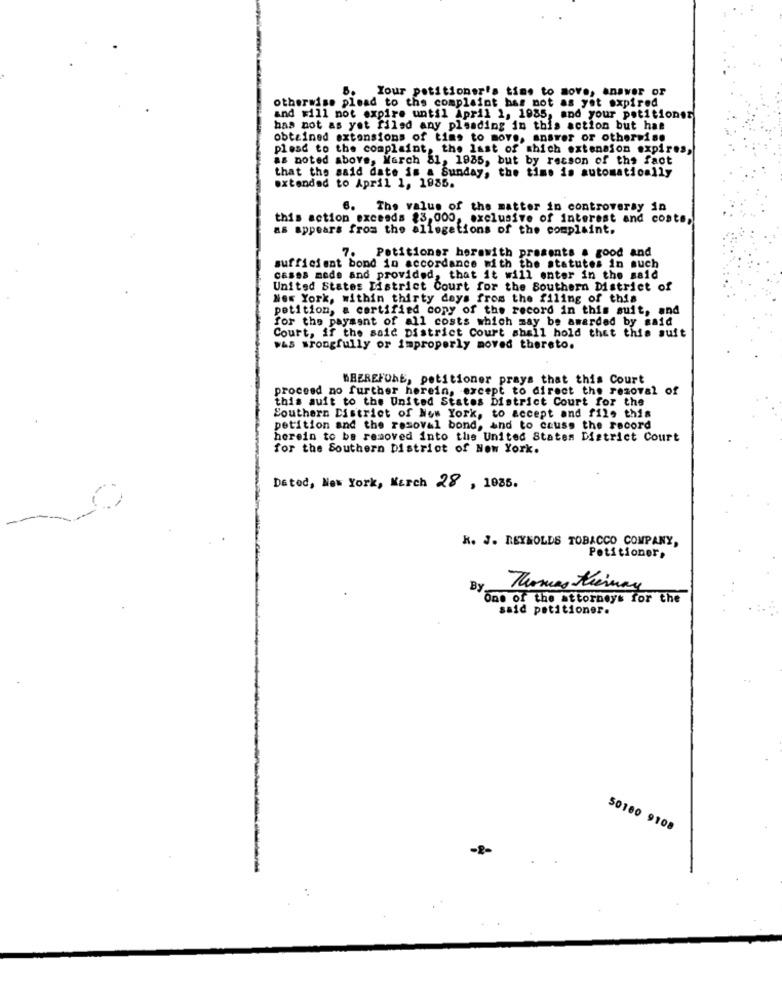
Your petitioner's time to move, answer or
otherwise plead to the complaint has not as yet expired
and will not expire until April 1, 1985, and your petitionsr
has not as yet filed any pleading in this action but has
obtained extensions of time to move, answer or otherwise
plead to the complaint, the last of which extension expires,
as noted above, March 81, 1935, but by resson of the fact
that the said date is a Sunday, the time is automatically
extended to April 1, 1935.
6. The value of the matter in controversy in
this action exceeds $3,000, exclusive of interest and costs,
as appears from the allegations of the complaint.
7.
Petitioner horawith presents . good and
sufficient bond in accordance with the statutes in such
cases mede and provided, that it will enter in the said
United States District Court for the Southern District of
New York, within thirty days from the filing of this
petition, a certified cony of the record in this suit, and
for the payment of all costs which may be awarded by said
Court, if the said District Court shall hold that this suit
was wrongfully or improperly moved thereto.
WHEREFORE, petitioner prays that this Court
proceed no further herein, except to direct the removal of
this auit to the United States District Court for the
Southern District of New York, to accept and file this
petition and the removal bond, and to cause the record
herein to be removed into the United States District Court
for the Southern District of New York.
Dated, New York, March 28 , 1035.
K. J. REYNOLDS TOBACCO COMPANY,
Petitioner,
By
Thomas tienmay
One of the attorneys for the
said petitioner.
50180 9108
-2-